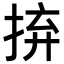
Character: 𢬵